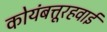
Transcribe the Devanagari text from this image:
कोयंबत्तूरहवाई